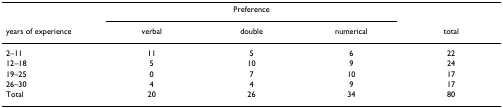
<table><thead><tr><td></td><td colspan="3"><b>Preference</b></td><td></td></tr><tr><td><b>years of experience</b></td><td><b>verbal</b></td><td><b>double</b></td><td><b>numerical</b></td><td><b>total</b></td></tr></thead><tbody><tr><td>2–11</td><td>11</td><td>5</td><td>6</td><td>22</td></tr><tr><td>12–18</td><td>5</td><td>10</td><td>9</td><td>24</td></tr><tr><td>19–25</td><td>0</td><td>7</td><td>10</td><td>17</td></tr><tr><td>26–30</td><td>4</td><td>4</td><td>9</td><td>17</td></tr><tr><td>Total</td><td>20</td><td>26</td><td>34</td><td>80</td></tr></tbody></table>